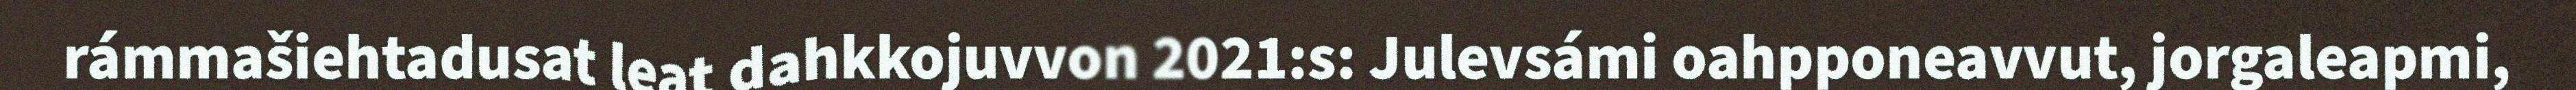
rámmašiehtadusat leat dahkkojuvvon 2021:s: Julevsámi oahpponeavvut, jorgaleapmi,